Civil Veterinary Department. Central Provinces & Berar 1932-41 - 1932-1941
Year: 1932
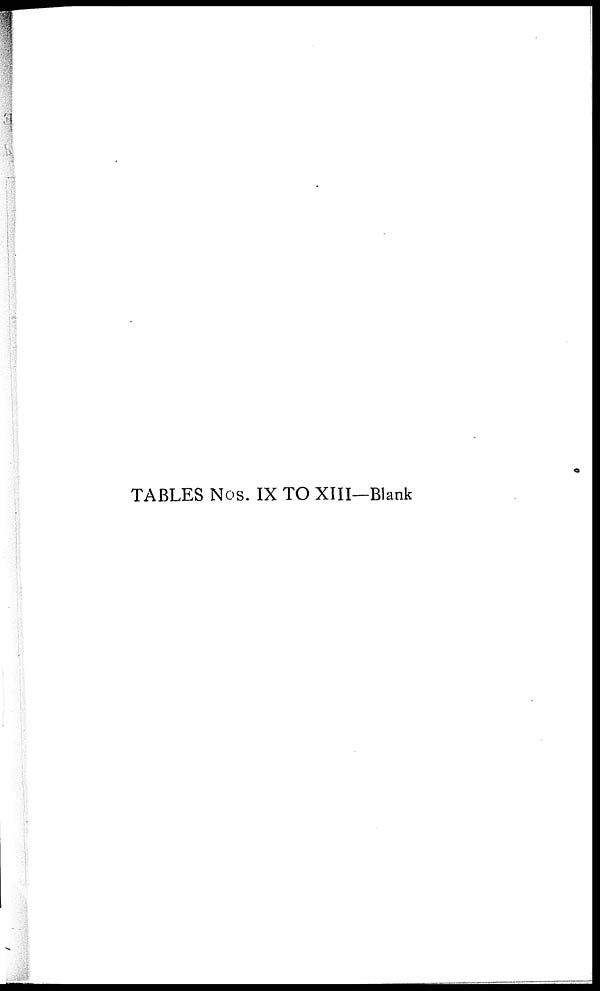
TABLES Nos. IX TO XIII—Blank